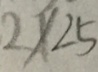
2 \times 2 5